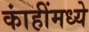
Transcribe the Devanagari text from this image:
कांहींमध्ये